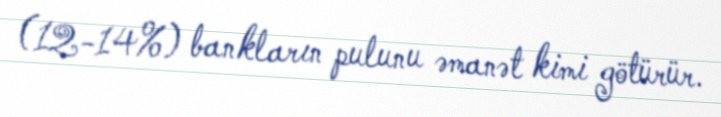
(12-14%) bankların pulunu əmanət kimi götürür.